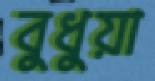
বুধুয়া